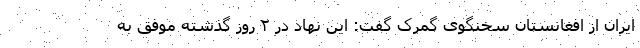
ایران از افغانستان سخنگوی گمرک گفت: این نهاد در ۲ روز گذشته موفق به